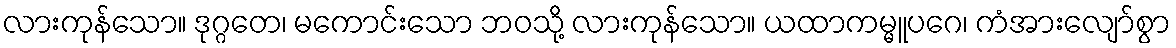
လားကုန်သော။ ဒုဂ္ဂတေ၊ မကောင်းသော ဘဝသို့ လားကုန်သော။ ယထာကမ္မူပဂေ၊ ကံအားလျော်စွာ